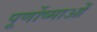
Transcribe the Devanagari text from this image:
पूर्णोष्माओं